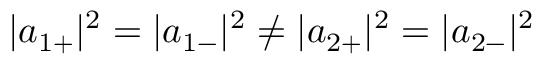
| { a } _ { 1 + } | ^ { 2 } = | { a } _ { 1 - } | ^ { 2 } \neq | { a } _ { 2 + } | ^ { 2 } = | { a } _ { 2 - } | ^ { 2 }